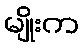
မျိုးက